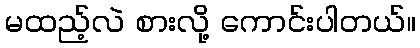
မထည့်လဲ စားလို့ ကောင်းပါတယ်။